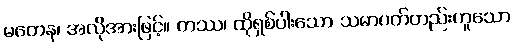
မတေန၊ အလိုအားဖြင့်။ တဿ၊ ထိုရှစ်ပါးသော သမာပတ်တည်းဟူသော